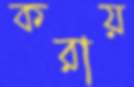
করায়